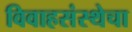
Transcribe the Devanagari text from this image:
विवाहसंस्थेचा